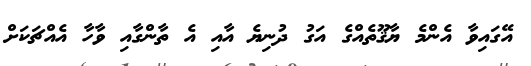
އޭގައިވާ އެންމެ ޔާޤޫތެއްގެ އަގު ދުނިޔެ އާއި އެ ތާންގާއި ވާހާ އެއްޗަކަށް